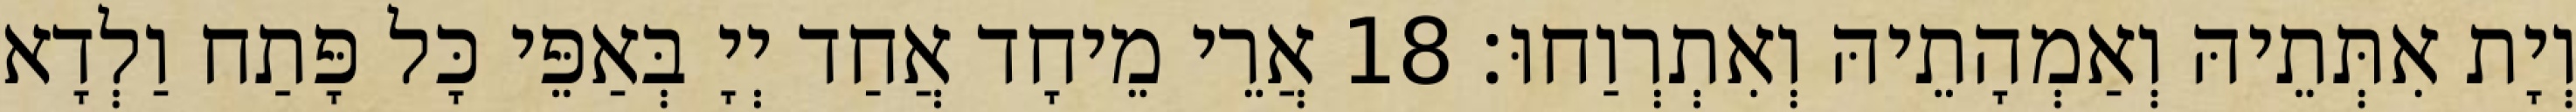
וְיָת אִתְּתֵיהּ וְאַמְהָתֵיהּ וְאִתְרְוַחוּ׃ 18 אֲרֵי מֵיחָד אֲחַד יְיָ בְּאַפֵּי כָּל פָּתַח וַלְדָא